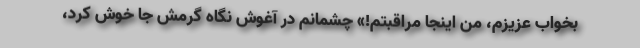
بخواب عزیزم، من اینجا مراقبتم!» چشمانم در آغوش نگاه گرمش جا خوش کرد،